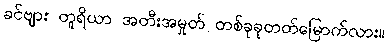
ခင်ဗျား တူရိယာ အတီးအမှုတ် တစ်ခုခုတတ်မြောက်လား။